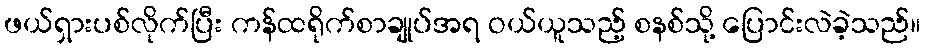
ဖယ်ရှားပစ်လိုက်ပြီး ကန်ထရိုက်စာချုပ်အရ ဝယ်ယူသည့် စနစ်သို့ ပြောင်းလဲခဲ့သည်။